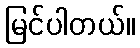
မြင်ပါတယ်။